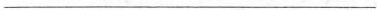
___